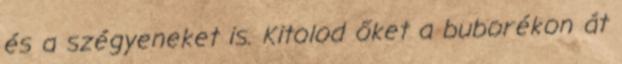
és a szégyeneket is. Kitolod őket a buborékon át